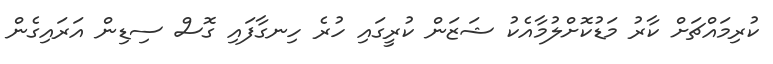
ކުރިމައްޗަށް ކާރު މަޑުކޮށްލުމާއެކު ޝަޒަން ކުރީގައި ހުރެ ހިނގާފައި ގޮސް ސިޑިން އަރައިގެން